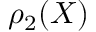
\rho _ { 2 } ( X )